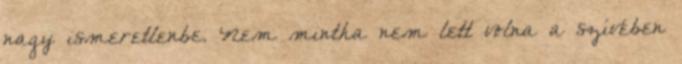
nagy ismeretlenbe. Nem mintha nem lett volna a szívében